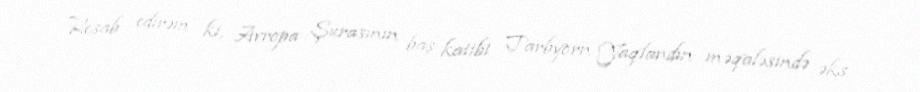
Hesab edirəm ki, Avropa Şurasının baş katibi Tarbyorn Yaqlandın məqaləsində əks